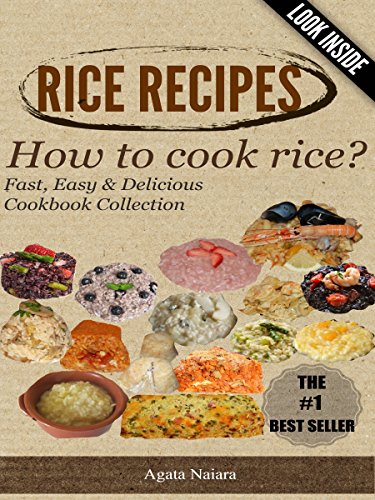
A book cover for -->> RICE RECIPES - How to cook rice?: This Is ONLY Rice Cooking! (Fast, Easy & Delicious Cookbook Collection 1); Agata Naiara; Cookbooks, Food & Wine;